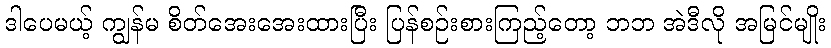
ဒါပေမယ့် ကျွန်မ စိတ်အေးအေးထားပြီး ပြန်စဉ်းစားကြည့်တော့ ဘဘ အဲဒီလို အမြင်မျိုး